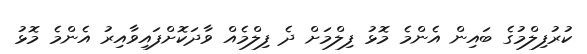
ކުރުފިލްމުގެ ބައިން އެންމެ މޮޅު ފިލްމަށް ދެ ފިލްމެއް ވާދަކޮށްފައިވާއިރު އެންމެ މޮޅު